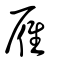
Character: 鳫